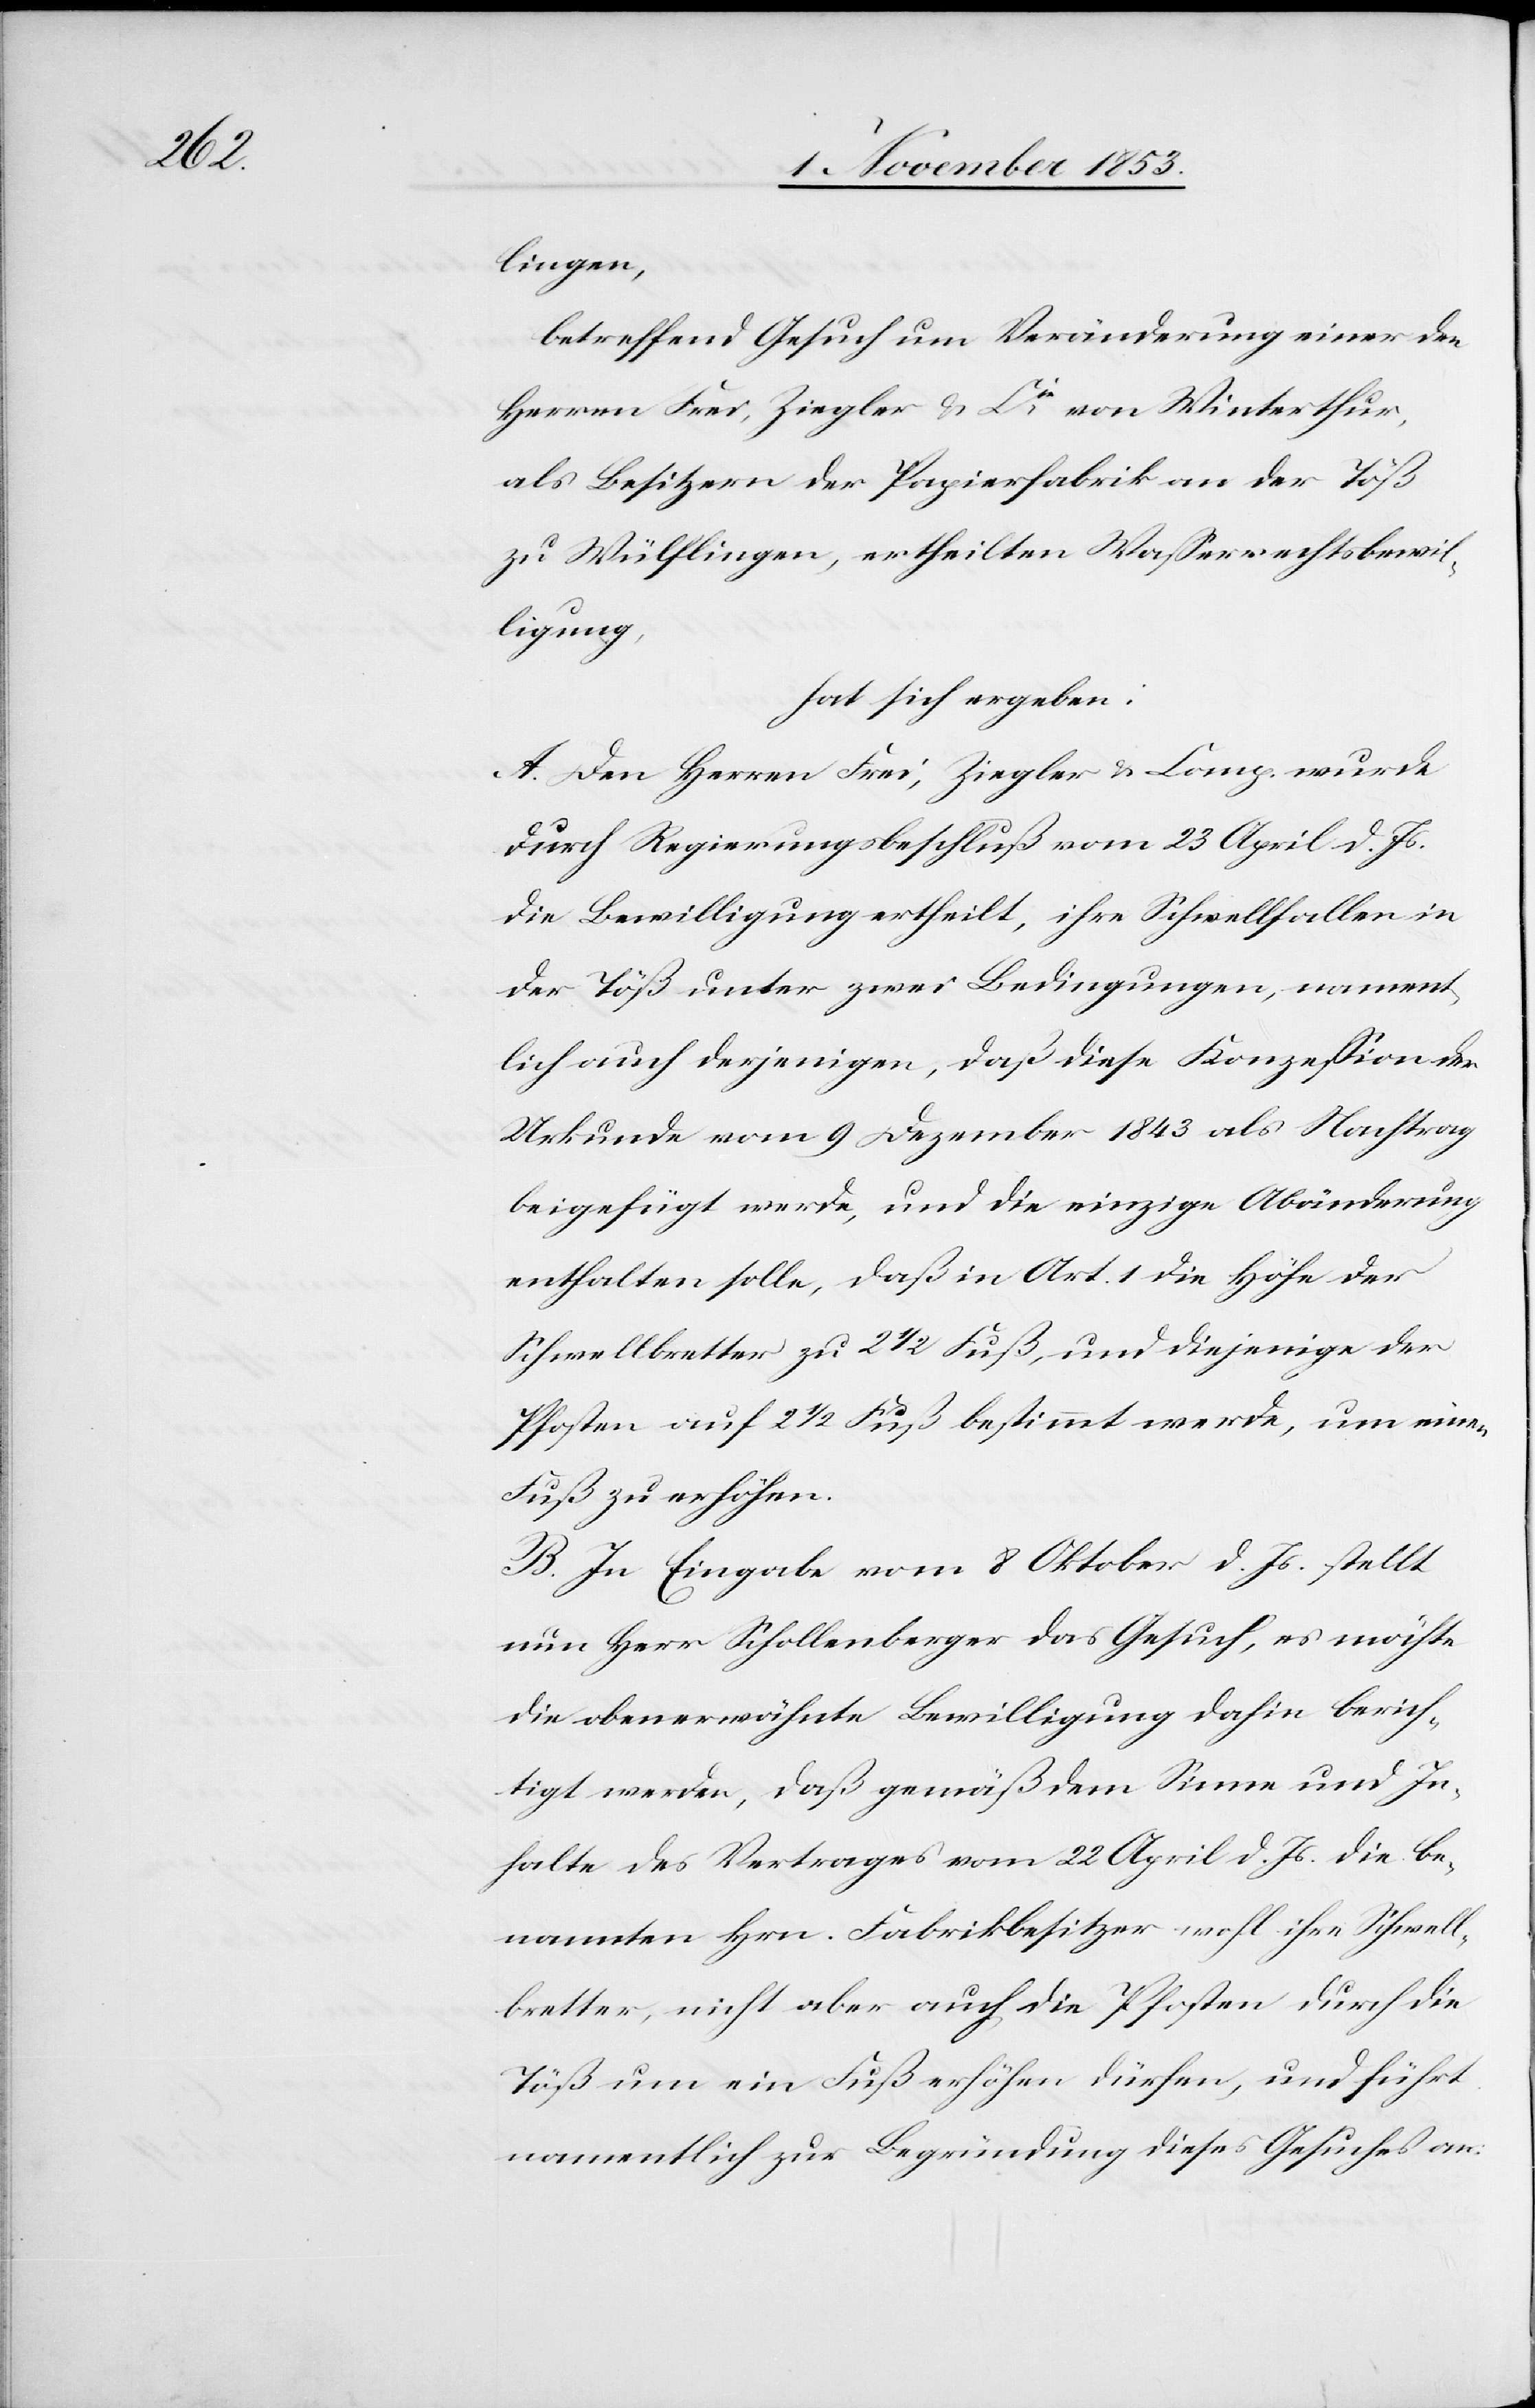
lingen,
betreffend Gesuch um Veränderung einer den
Herren Frei, Ziegler u. Cie, von Winterthur,
als Besitzern der Papierfabrik an der Töß
zu Wülflingen, ertheilten Waßerrechtsbewil¬
ligung,
hat sich ergeben:
A. Den Herrn Frei, Ziegler, u. Comp. wurde
durch Regierungsbeschluß vom 23 April d. Js.
die Bewilligung ertheilt, ihre Schwellfallen in
der Töß unter zwei Bedingungen, nament¬
lich auch derjenigen, daß diese Konzeßion der
Urkunde vom 9 Dezember 1843 als Nachtrag
beigefügt werde, und die einzige Abänderung
enthalten solle, daß in Art. 1 die Höhe der
Schwellbretter zu 2 1/2 Fuß, und diejenige der
Pfosten auf 2 1/2 Fuß bestimmt werde, um einen
Fuß zu erhöhen.
B. In Eingabe vom 8 Oktober d. Js. stellt
nun Herr Schollenberger das Gesuch, es möchte
die oberwähnte Bewilligung dahin berech¬
tigt werden, daß gemäß dem Sinne und In¬
halte des Vertrages vom 22 April d. Js. die be¬
nannten Hrn. Fabrikbesitzer wohl ihre Schwell¬
bretter, nicht aber auch die Pfosten durch die
Töß um ein Fuß erhöhen dürfen, und führt
namentlich zur Begründung dieses Gesuches an: